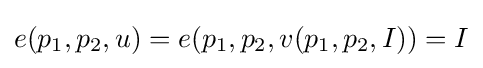
e(p_{1},p_{2},u)=e(p_{1},p_{2},v(p_{1},p_{2},I))=I